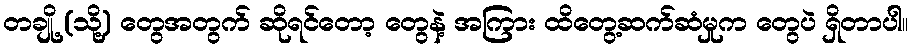
တချို့ (သို့) တွေအတွက် ဆိုရင်တော့ တွေနဲ့ အကြား ထိတွေ့ဆက်ဆံမှုက တွေပဲ ရှိတာပါ။